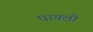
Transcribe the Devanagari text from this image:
घायलो